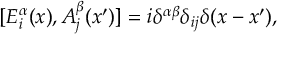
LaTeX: [ { \cal E } _ { i } ^ { \alpha } ( x ) , A _ { j } ^ { \beta } ( x ^ { \prime } ) ] = i \delta ^ { \alpha \beta } \delta _ { i j } \delta ( x - x ^ { \prime } ) ,